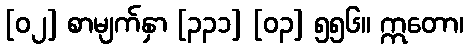
[၀၂] စာမျက်နှာ [၃၃၁] [၀၃] ၅၅၆။ ဣတော၊